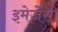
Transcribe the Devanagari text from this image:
इमेर्जेंसी